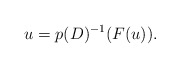
\begin{align*}u=p(D)^{-1}(F(u)).\end{align*}